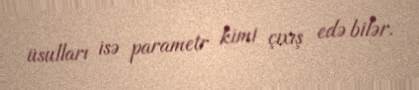
üsulları isə parametr kimi çıxış edə bilər.